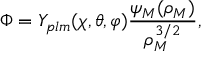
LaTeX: \Phi = Y _ { p l m } ( \chi , \theta , \varphi ) \frac { \psi _ { M } ( \rho _ { M } ) } { \rho _ { M } ^ { 3 / 2 } } ,